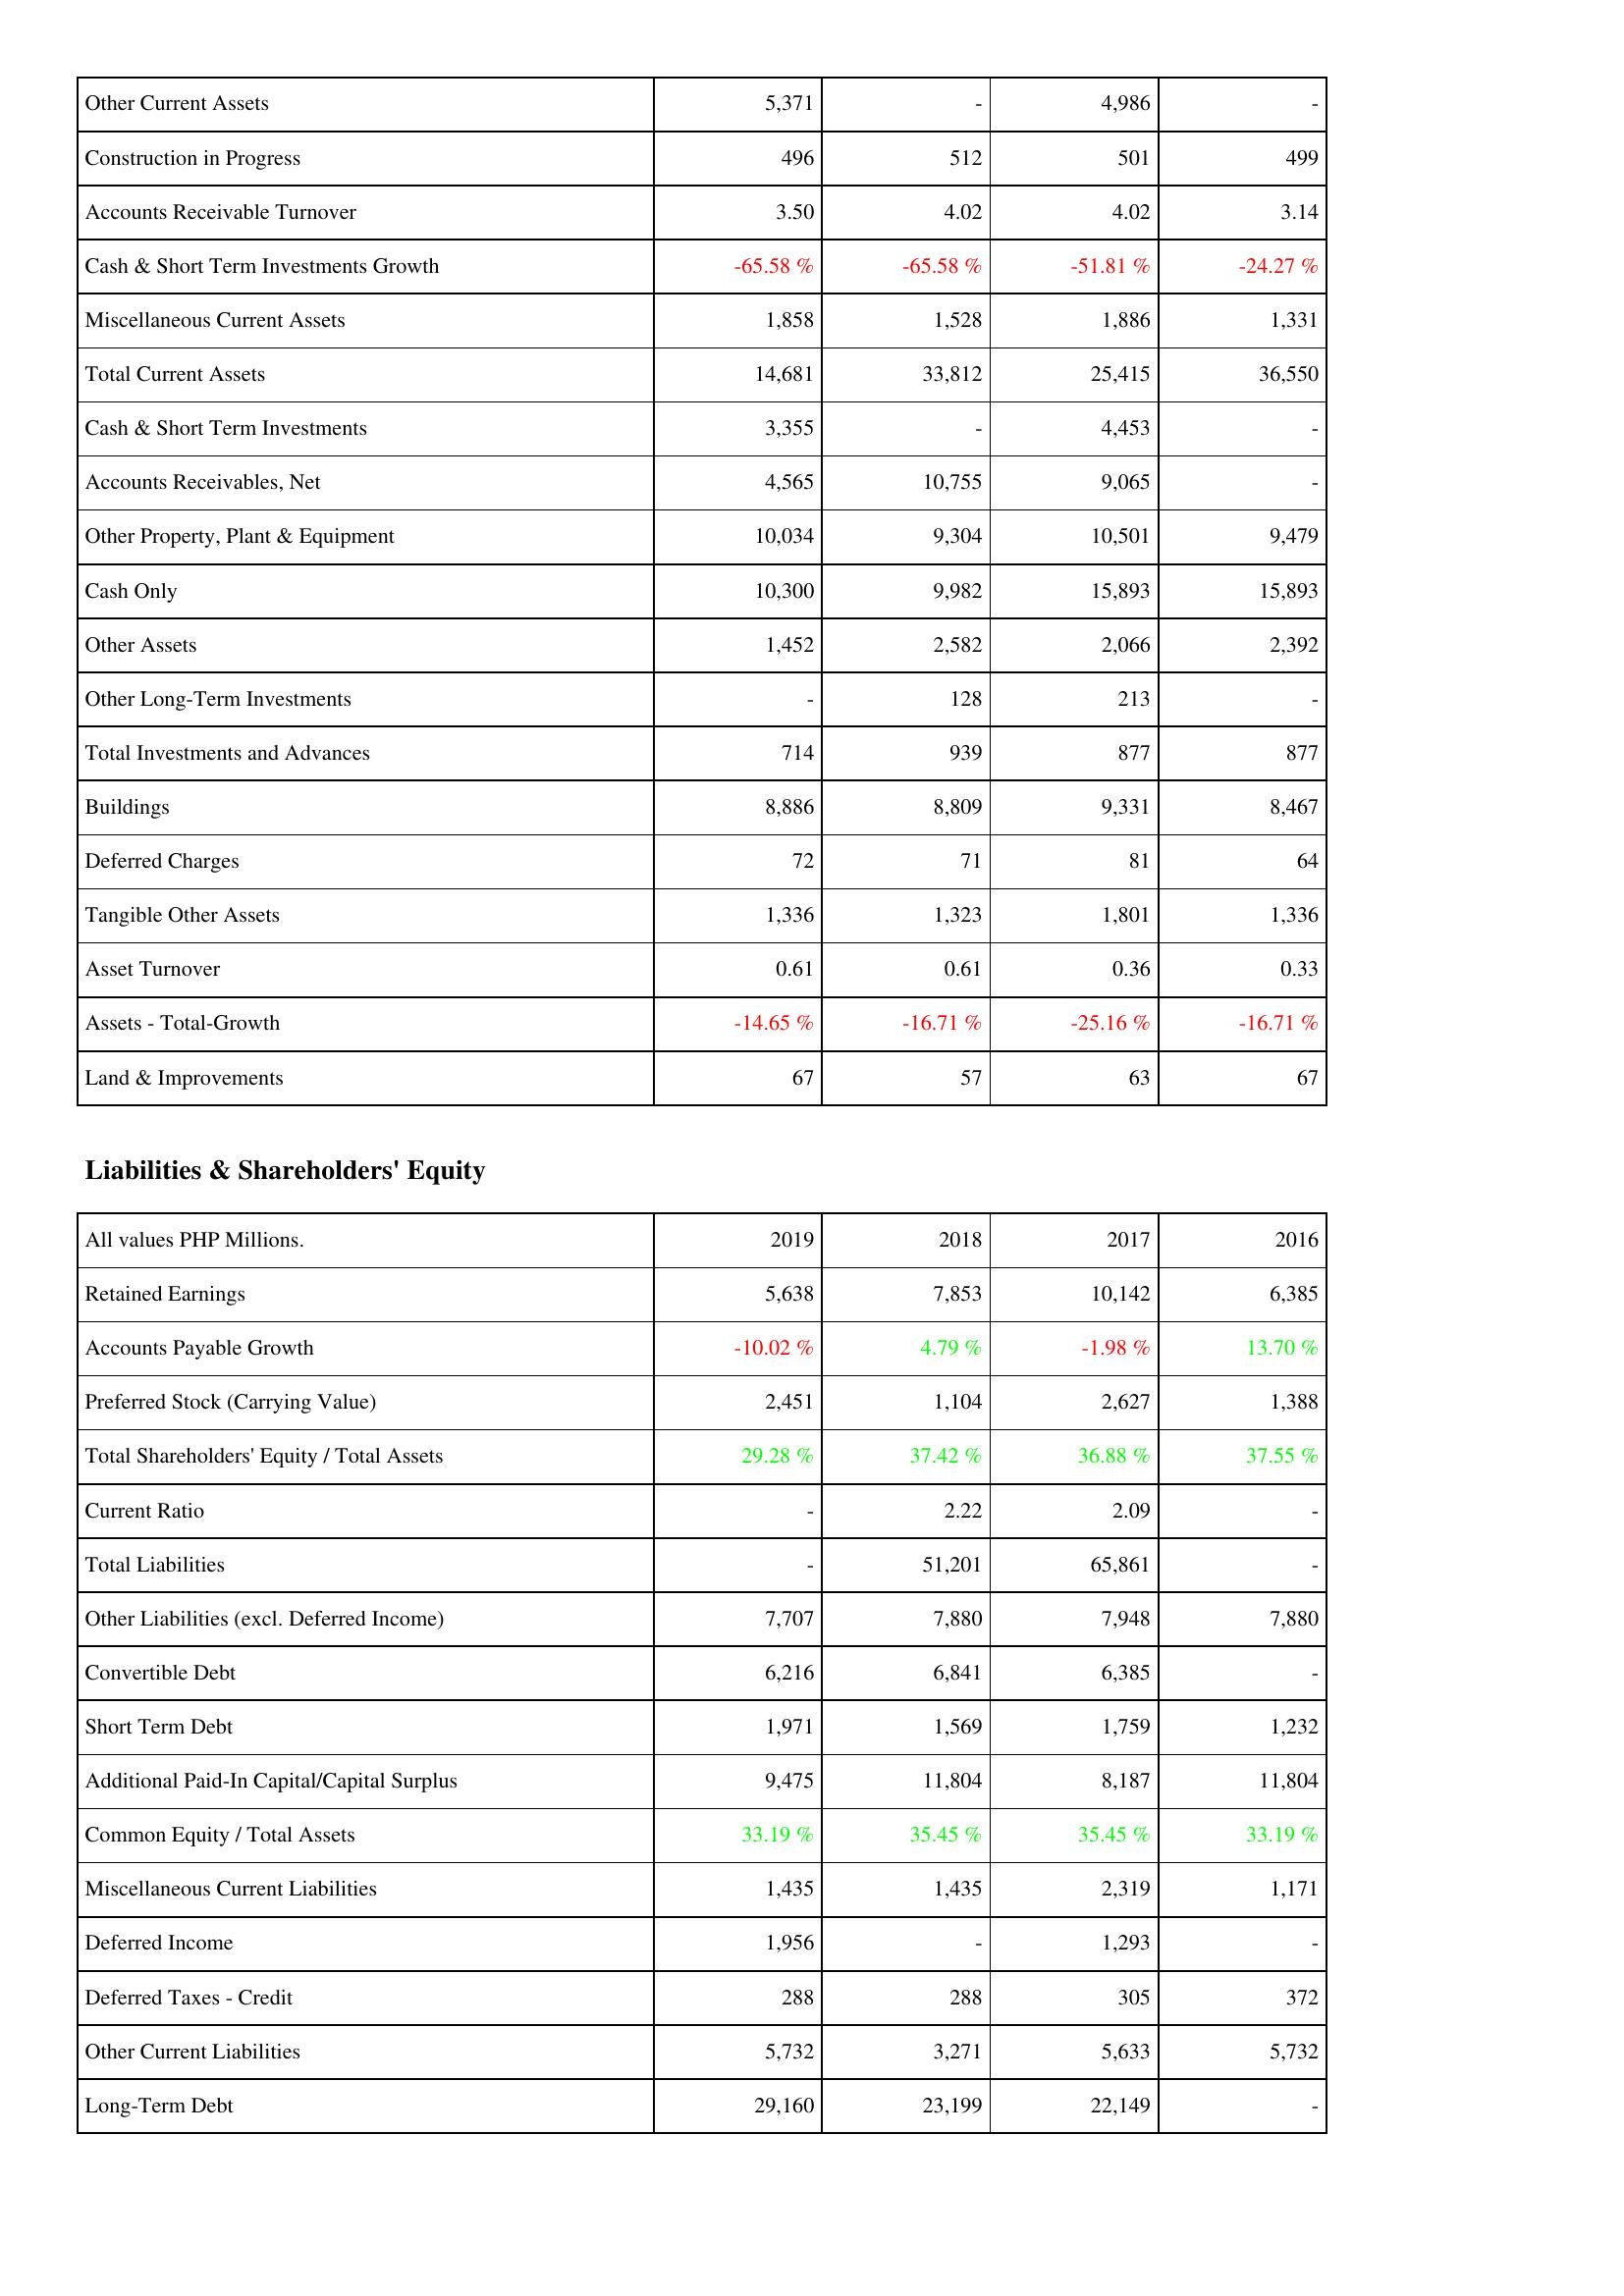
2019: Assets: Other Current Assets: 5,371
Construction in Progress: 496
Accounts Receivable Turnover: 3.50
Cash & Short Term Investments Growth: -65.58 %
Miscellaneous Current Assets: 1,858
Total Current Assets: 14,681
Cash & Short Term Investments: 3,355
Accounts Receivables, Net: 4,565
Other Property, Plant & Equipment: 10,034
Cash Only: 10,300
Other Assets: 1,452
Other Long-Term Investments: -
Total Investments and Advances: 714
Buildings: 8,886
Deferred Charges: 72
Tangible Other Assets: 1,336
Asset Turnover: 0.61
Assets - Total-Growth: -14.65 %
Land & Improvements: 67
Liabilities & Shareholders' Equity: Retained Earnings: 5,638
Accounts Payable Growth: -10.02 %
Preferred Stock (Carrying Value): 2,451
Total Shareholders' Equity / Total Assets: 29.28 %
Current Ratio: -
Total Liabilities: -
Other Liabilities (excl. Deferred Income): 7,707
Convertible Debt: 6,216
Short Term Debt: 1,971
Additional Paid-In Capital/Capital Surplus: 9,475
Common Equity / Total Assets: 33.19 %
Miscellaneous Current Liabilities: 1,435
Deferred Income: 1,956
Deferred Taxes - Credit: 288
Other Current Liabilities: 5,732
Long-Term Debt: 29,160
2018: Assets: Other Current Assets: -
Construction in Progress: 512
Accounts Receivable Turnover: 4.02
Cash & Short Term Investments Growth: -65.58 %
Miscellaneous Current Assets: 1,528
Total Current Assets: 33,812
Cash & Short Term Investments: -
Accounts Receivables, Net: 10,755
Other Property, Plant & Equipment: 9,304
Cash Only: 9,982
Other Assets: 2,582
Other Long-Term Investments: 128
Total Investments and Advances: 939
Buildings: 8,809
Deferred Charges: 71
Tangible Other Assets: 1,323
Asset Turnover: 0.61
Assets - Total-Growth: -16.71 %
Land & Improvements: 57
Liabilities & Shareholders' Equity: Retained Earnings: 7,853
Accounts Payable Growth: 4.79 %
Preferred Stock (Carrying Value): 1,104
Total Shareholders' Equity / Total Assets: 37.42 %
Current Ratio: 2.22
Total Liabilities: 51,201
Other Liabilities (excl. Deferred Income): 7,880
Convertible Debt: 6,841
Short Term Debt: 1,569
Additional Paid-In Capital/Capital Surplus: 11,804
Common Equity / Total Assets: 35.45 %
Miscellaneous Current Liabilities: 1,435
Deferred Income: -
Deferred Taxes - Credit: 288
Other Current Liabilities: 3,271
Long-Term Debt: 23,199
2017: Assets: Other Current Assets: 4,986
Construction in Progress: 501
Accounts Receivable Turnover: 4.02
Cash & Short Term Investments Growth: -51.81 %
Miscellaneous Current Assets: 1,886
Total Current Assets: 25,415
Cash & Short Term Investments: 4,453
Accounts Receivables, Net: 9,065
Other Property, Plant & Equipment: 10,501
Cash Only: 15,893
Other Assets: 2,066
Other Long-Term Investments: 213
Total Investments and Advances: 877
Buildings: 9,331
Deferred Charges: 81
Tangible Other Assets: 1,801
Asset Turnover: 0.36
Assets - Total-Growth: -25.16 %
Land & Improvements: 63
Liabilities & Shareholders' Equity: Retained Earnings: 10,142
Accounts Payable Growth: -1.98 %
Preferred Stock (Carrying Value): 2,627
Total Shareholders' Equity / Total Assets: 36.88 %
Current Ratio: 2.09
Total Liabilities: 65,861
Other Liabilities (excl. Deferred Income): 7,948
Convertible Debt: 6,385
Short Term Debt: 1,759
Additional Paid-In Capital/Capital Surplus: 8,187
Common Equity / Total Assets: 35.45 %
Miscellaneous Current Liabilities: 2,319
Deferred Income: 1,293
Deferred Taxes - Credit: 305
Other Current Liabilities: 5,633
Long-Term Debt: 22,149
2016: Assets: Other Current Assets: -
Construction in Progress: 499
Accounts Receivable Turnover: 3.14
Cash & Short Term Investments Growth: -24.27 %
Miscellaneous Current Assets: 1,331
Total Current Assets: 36,550
Cash & Short Term Investments: -
Accounts Receivables, Net: -
Other Property, Plant & Equipment: 9,479
Cash Only: 15,893
Other Assets: 2,392
Other Long-Term Investments: -
Total Investments and Advances: 877
Buildings: 8,467
Deferred Charges: 64
Tangible Other Assets: 1,336
Asset Turnover: 0.33
Assets - Total-Growth: -16.71 %
Land & Improvements: 67
Liabilities & Shareholders' Equity: Retained Earnings: 6,385
Accounts Payable Growth: 13.70 %
Preferred Stock (Carrying Value): 1,388
Total Shareholders' Equity / Total Assets: 37.55 %
Current Ratio: -
Total Liabilities: -
Other Liabilities (excl. Deferred Income): 7,880
Convertible Debt: -
Short Term Debt: 1,232
Additional Paid-In Capital/Capital Surplus: 11,804
Common Equity / Total Assets: 33.19 %
Miscellaneous Current Liabilities: 1,171
Deferred Income: -
Deferred Taxes - Credit: 372
Other Current Liabilities: 5,732
Long-Term Debt: -